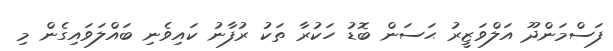
ފަސްމަންދޫ އަލްވަޒީރު ޙަސަން ބޮޑު ހަކުރާ ތަކު ރުފާނު ކައިވެނި ބައްލަވައިގެން މި